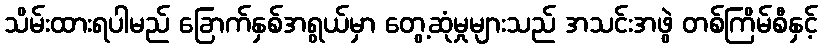
သိမ်းထားရပါမည် ခြောက်နှစ်အရွယ်မှာ တွေ့ဆုံမှုများသည် အသင်းအဖွဲ တစ်ကြိမ်စီနှင့်